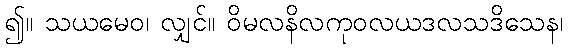
၍။ သယမေဝ၊ လျှင်။ ဝိမလနိလကုဝလယဒလသဒိသေန၊